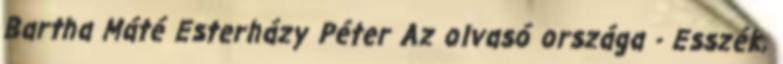
Bartha Máté Esterházy Péter Az olvasó országa - Esszék,